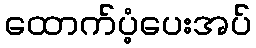
ထောက်ပံ့ပေးအပ်